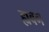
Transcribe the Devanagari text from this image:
ह्यबग